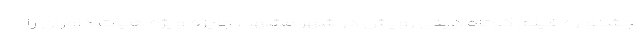
جشنواره فیلم کوتاه دینی رویش در شهر مشهد، جایزه ویژه هیأت داوران را